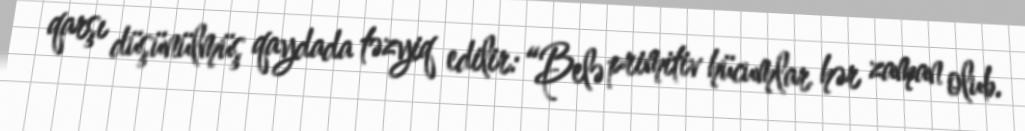
qarşı düşünülmüş qaydada təzyiq edilir: “Belə primitiv hücumlar hər zaman olub.